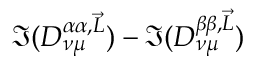
\Im ( D _ { \nu \mu } ^ { \alpha \alpha , \vec { L } } ) - \Im ( D _ { \nu \mu } ^ { \beta \beta , \vec { L } } )